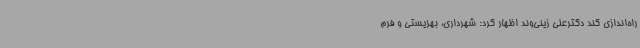
راه‌اندازی کند دکترعلی زینی‌وند اظهار کرد: شهرداری، بهزیستی و فرم